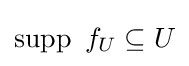
\operatorname {supp} ~f_{U}\subseteq U